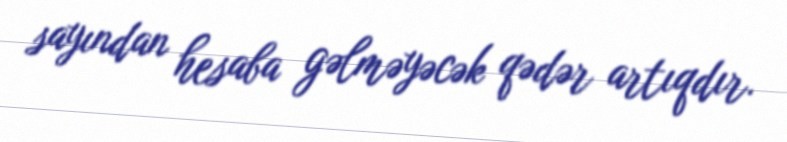
sayından hesaba gəlməyəcək qədər artıqdır.